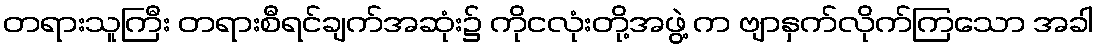
တရားသူကြီး တရားစီရင်ချက်အဆုံး၌ ကိုငလုံးတို့အဖွဲ့ က ဗျာနှက်လိုက်ကြသော အခါ